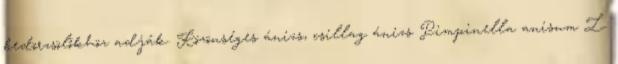
bedörzsölőkhöz adják. Közönséges ánizs, csillag ánizs Pimpinella anisum L.